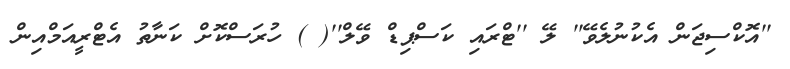
''އޮކްސިޖަން އެކުނުލެވޭ'' ލޭ ''ޓްރައި ކަސްޕިޑް ވޭލް''( ) ހުރަސްކޮށް ކަނާތު އެޓްރީއަމްއިން